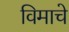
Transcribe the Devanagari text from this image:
विमाचे